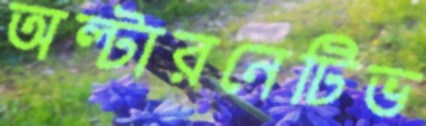
অল্টারনেটিভ